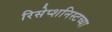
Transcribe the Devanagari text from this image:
रिसेप्शनिस्टच्या